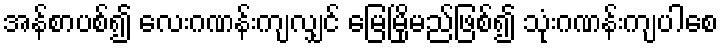
အန်စာပစ်၍ လေးဂဏန်းကျလျှင် မြေမြိုမည်ဖြစ်၍ သုံးဂဏန်းကျပါစေ